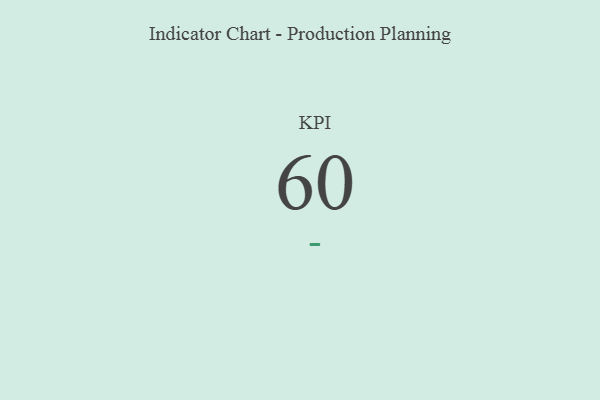
{"axis": {"x": "KPI", "y": "Value"}, "legend": [""], "data": [{"x": "KPI", "y": 60, "type": ""}]}